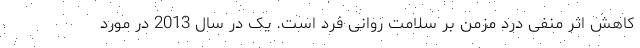
کاهش اثر منفی درد مزمن بر سلامت روانی فرد است. یک در سال 2013 در مورد